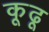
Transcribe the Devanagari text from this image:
कूढू